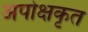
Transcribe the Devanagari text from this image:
अपोक्षकृत